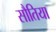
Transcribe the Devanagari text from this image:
सौतिया